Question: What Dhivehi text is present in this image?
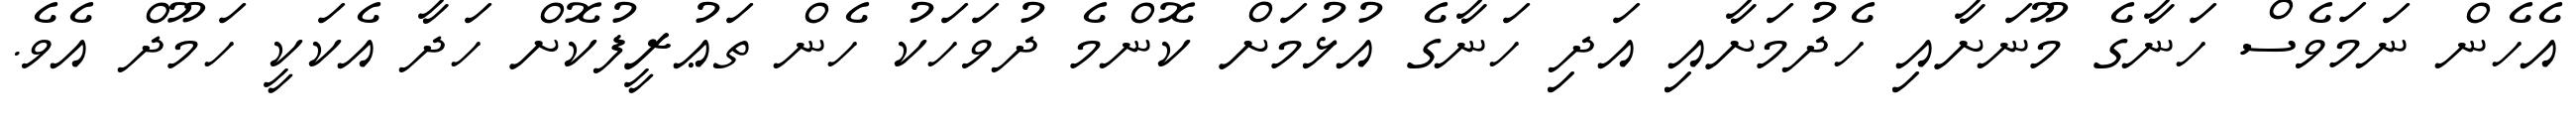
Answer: އެހެން ނަމަވެސް ހަނާގެ މޫނަށާއި ހެދުމަށާއި އަދި ހަނާގެ އުޅުމަށް ކޮންމެ ދުވަހަކު ހެން ތަޢުރީފުކޮށް ހަދާ އެކަކީ ހަމޫދް އެވެ.